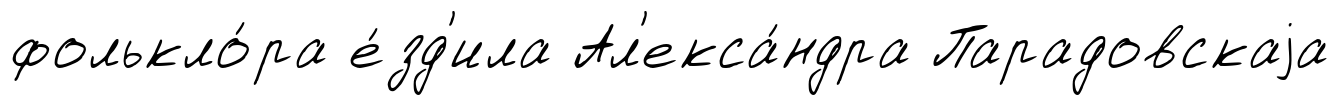
фолькло́ра е́зд'ила Ал'екса́ндра Парадовскаjа